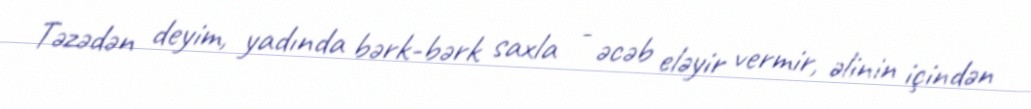
Təzədən deyim, yadında bərk-bərk saxla - əcəb eləyir vermir, əlinin içindən